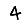
Digit: 4